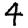
Digit: 4